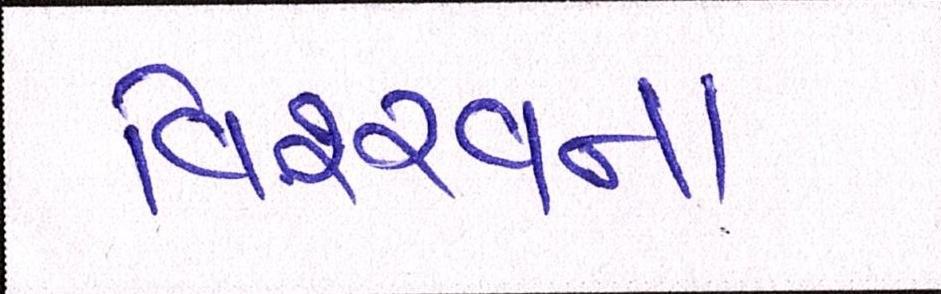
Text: વિશ્ર્વના